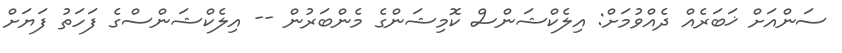
ސަންއަށް ޚަބަރެއް ދެއްވުމަށް: އިލެކްޝަންސް ކޮމިޝަންގެ މެންބަރުން -- އިލެކްޝަންސްގެ ފަހަތު ފަޔަށް